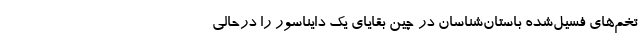
تخم‌های فسیل‌شده باستان‌شناسان در چین بقایای یک دایناسور را درحالی